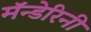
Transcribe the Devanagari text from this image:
मॅन्डेरिनी